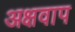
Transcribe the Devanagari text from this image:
अक्षवाप